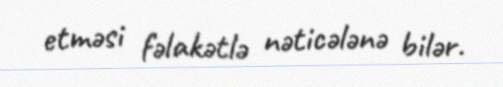
etməsi fəlakətlə nəticələnə bilər.